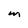
Character: M